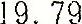
19.79